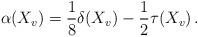
LaTeX: \begin{align*} \alpha(X_v) = \frac{1}{8}\delta(X_v) - \frac{1}{2} \tau(X_v) \, . \end{align*}